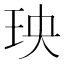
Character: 𤤠